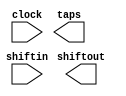
// megafunction wizard: %Shift register (RAM-based)%VBB%
// GENERATION: STANDARD
// VERSION: WM1.0
// MODULE: ALTSHIFT_TAPS 

// ============================================================
// Megafunction Name(s):
// 			ALTSHIFT_TAPS
//
// Simulation Library Files(s):
// 			altera_mf
// ============================================================
// ************************************************************
// THIS IS A WIZARD-GENERATED FILE. DO NOT EDIT THIS FILE!
//
// 18.0.0 Build 614 04/24/2018 SJ Lite Edition
// ************************************************************

//Copyright (C) 2018  Intel Corporation. All rights reserved.
//Your use of Intel Corporation's design tools, logic functions 
//and other software and tools, and its AMPP partner logic 
//functions, and any output files from any of the foregoing 
//(including device programming or simulation files), and any 
//associated documentation or information are expressly subject 
//to the terms and conditions of the Intel Program License 
//Subscription Agreement, the Intel Quartus Prime License Agreement,
//the Intel FPGA IP License Agreement, or other applicable license
//agreement, including, without limitation, that your use is for
//the sole purpose of programming logic devices manufactured by
//Intel and sold by Intel or its authorized distributors.  Please
//refer to the applicable agreement for further details.

module check (
	clock,
	shiftin,
	shiftout,
	taps);

	input	  clock;
	input	[31:0]  shiftin;
	output	[31:0]  shiftout;
	output	[1023:0]  taps;

endmodule

// ============================================================
// CNX file retrieval info
// ============================================================
// Retrieval info: PRIVATE: ACLR NUMERIC "0"
// Retrieval info: PRIVATE: CLKEN NUMERIC "0"
// Retrieval info: PRIVATE: GROUP_TAPS NUMERIC "0"
// Retrieval info: PRIVATE: INTENDED_DEVICE_FAMILY STRING "Cyclone IV E"
// Retrieval info: PRIVATE: NUMBER_OF_TAPS NUMERIC "32"
// Retrieval info: PRIVATE: RAM_BLOCK_TYPE NUMERIC "1"
// Retrieval info: PRIVATE: SYNTH_WRAPPER_GEN_POSTFIX STRING "0"
// Retrieval info: PRIVATE: TAP_DISTANCE NUMERIC "32"
// Retrieval info: PRIVATE: WIDTH NUMERIC "32"
// Retrieval info: LIBRARY: altera_mf altera_mf.altera_mf_components.all
// Retrieval info: CONSTANT: INTENDED_DEVICE_FAMILY STRING "Cyclone IV E"
// Retrieval info: CONSTANT: LPM_HINT STRING "RAM_BLOCK_TYPE=M9K"
// Retrieval info: CONSTANT: LPM_TYPE STRING "altshift_taps"
// Retrieval info: CONSTANT: NUMBER_OF_TAPS NUMERIC "32"
// Retrieval info: CONSTANT: TAP_DISTANCE NUMERIC "32"
// Retrieval info: CONSTANT: WIDTH NUMERIC "32"
// Retrieval info: USED_PORT: clock 0 0 0 0 INPUT NODEFVAL "clock"
// Retrieval info: USED_PORT: shiftin 0 0 32 0 INPUT NODEFVAL "shiftin[31..0]"
// Retrieval info: USED_PORT: shiftout 0 0 32 0 OUTPUT NODEFVAL "shiftout[31..0]"
// Retrieval info: USED_PORT: taps 0 0 1024 0 OUTPUT NODEFVAL "taps[1023..0]"
// Retrieval info: CONNECT: @clock 0 0 0 0 clock 0 0 0 0
// Retrieval info: CONNECT: @shiftin 0 0 32 0 shiftin 0 0 32 0
// Retrieval info: CONNECT: shiftout 0 0 32 0 @shiftout 0 0 32 0
// Retrieval info: CONNECT: taps 0 0 1024 0 @taps 0 0 1024 0
// Retrieval info: GEN_FILE: TYPE_NORMAL check.v TRUE
// Retrieval info: GEN_FILE: TYPE_NORMAL check.inc FALSE
// Retrieval info: GEN_FILE: TYPE_NORMAL check.cmp FALSE
// Retrieval info: GEN_FILE: TYPE_NORMAL check.bsf FALSE
// Retrieval info: GEN_FILE: TYPE_NORMAL check_inst.v FALSE
// Retrieval info: GEN_FILE: TYPE_NORMAL check_bb.v TRUE
// Retrieval info: LIB_FILE: altera_mf